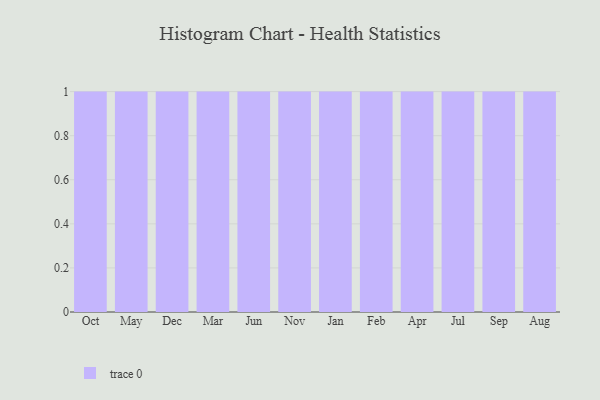
{"axis": {"x": "Month", "y": "Demand Index"}, "legend": [""], "data": [{"x": "Oct", "y": 78, "type": ""}, {"x": "May", "y": 13, "type": ""}, {"x": "Dec", "y": 52, "type": ""}, {"x": "Mar", "y": 93, "type": ""}, {"x": "Jun", "y": 19, "type": ""}, {"x": "Nov", "y": 51, "type": ""}, {"x": "Jan", "y": 51, "type": ""}, {"x": "Feb", "y": 76, "type": ""}, {"x": "Apr", "y": 93, "type": ""}, {"x": "Jul", "y": 14, "type": ""}, {"x": "Sep", "y": 7, "type": ""}, {"x": "Aug", "y": 100, "type": ""}]}